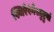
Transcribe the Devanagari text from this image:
स्थिरैरंगैस्तुष्टुवां